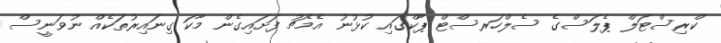
ކްރިސްޓަލް ޕެލަސްގެ ސެލްހަރސްޓް ޕާކްގައި ކުޅުނު އެމެޗު ފަށައިގެން މާކަ ގިނައިރުތަކެއް ނުވަނީސް